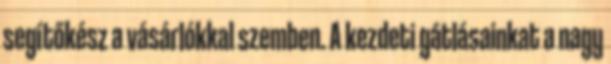
segítőkész a vásárlókkal szemben. A kezdeti gátlásainkat a nagy